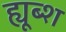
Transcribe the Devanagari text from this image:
ह्यूब्श